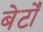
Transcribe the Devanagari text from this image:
बेटोँ